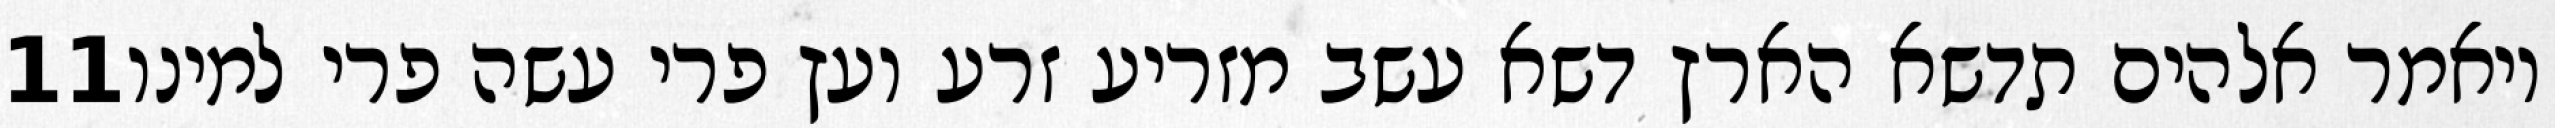
‎11‏ ויאמר אלהים תדשא הארץ דשא עשב מזריע זרע ועץ פרי עשה פרי למינו